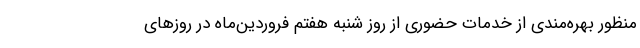
منظور بهره‌مندی از خدمات حضوری از روز شنبه هفتم فروردین‌ماه در روزهای